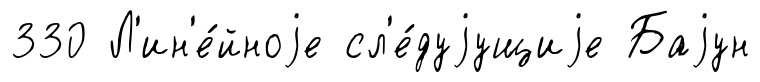
330 Л'ин'е́йноjе сл'е́дуjущиjе Баjун